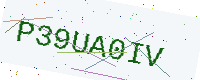
Text: P39UA0IV